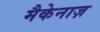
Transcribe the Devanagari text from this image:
मैकेनाज़